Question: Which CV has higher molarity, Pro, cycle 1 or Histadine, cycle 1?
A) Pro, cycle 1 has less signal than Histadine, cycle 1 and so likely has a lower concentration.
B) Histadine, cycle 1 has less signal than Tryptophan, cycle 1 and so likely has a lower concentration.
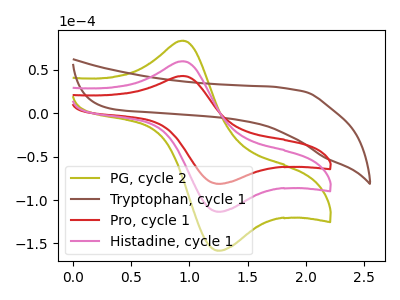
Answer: <think>The olive curve "PG, cycle 2" has an anodic peak at (0.95V, 119.90uA) and a cathodic peak at (1.25V, -226.75uA). The brown curve "Tryptophan, cycle 1" has no peaks. The red curve "Pro, cycle 1" has an anodic peak at (0.95V, 42.95uA) and a cathodic peak at (1.25V, -81.25uA). The pink curve "Histadine, cycle 1" has an anodic peak at (0.95V, 59.95uA) and a cathodic peak at (1.25V, -113.40uA).
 All the peaks in "Pro, cycle 1" have a peak in "Histadine, cycle 1" at the same potential. Every peak in "Pro, cycle 1" is lower than every peak in "Histadine, cycle 1".</think>
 <answer>A) "Pro, cycle 1" has less signal than "Histadine, cycle 1" and so likely has a lower concentration.</answer>
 <eval>A</eval>